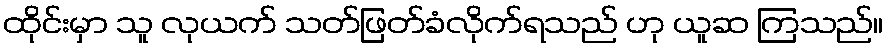
ထိုင်းမှာ သူ လုယက် သတ်ဖြတ်ခံလိုက်ရသည် ဟု ယူဆ ကြသည်။